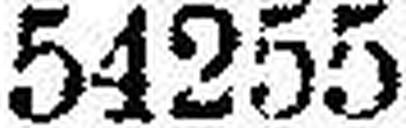
54255